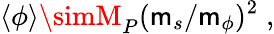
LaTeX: \langle\phi\rangle\simM_{P}(\mathsf{m}_{s}/\mathsf{m}_{\phi})^{2}\; ,